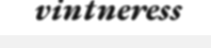
vintneress